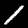
Label: 1